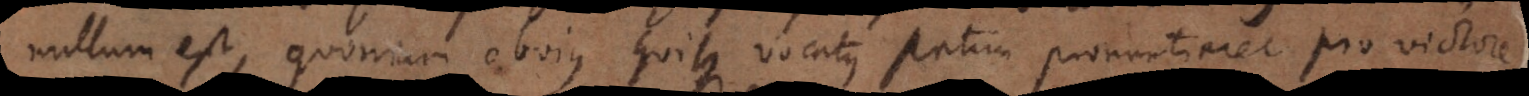
nullum est, quoniam obvius quisque vocatus statim pronuntiaret pro victore